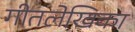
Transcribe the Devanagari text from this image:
गीतलेखिका